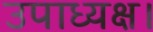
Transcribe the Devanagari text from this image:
उपाध्यक्ष।